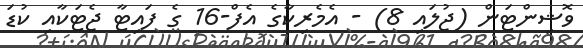
ވޮޝިންޓަން (ޖުލައި 8) - އެމެރިކާގެ އެފް-16 ގެ ފައިޓާ ޖެޓަކާއި ކުޑަ